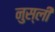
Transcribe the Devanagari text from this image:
नुस्ली